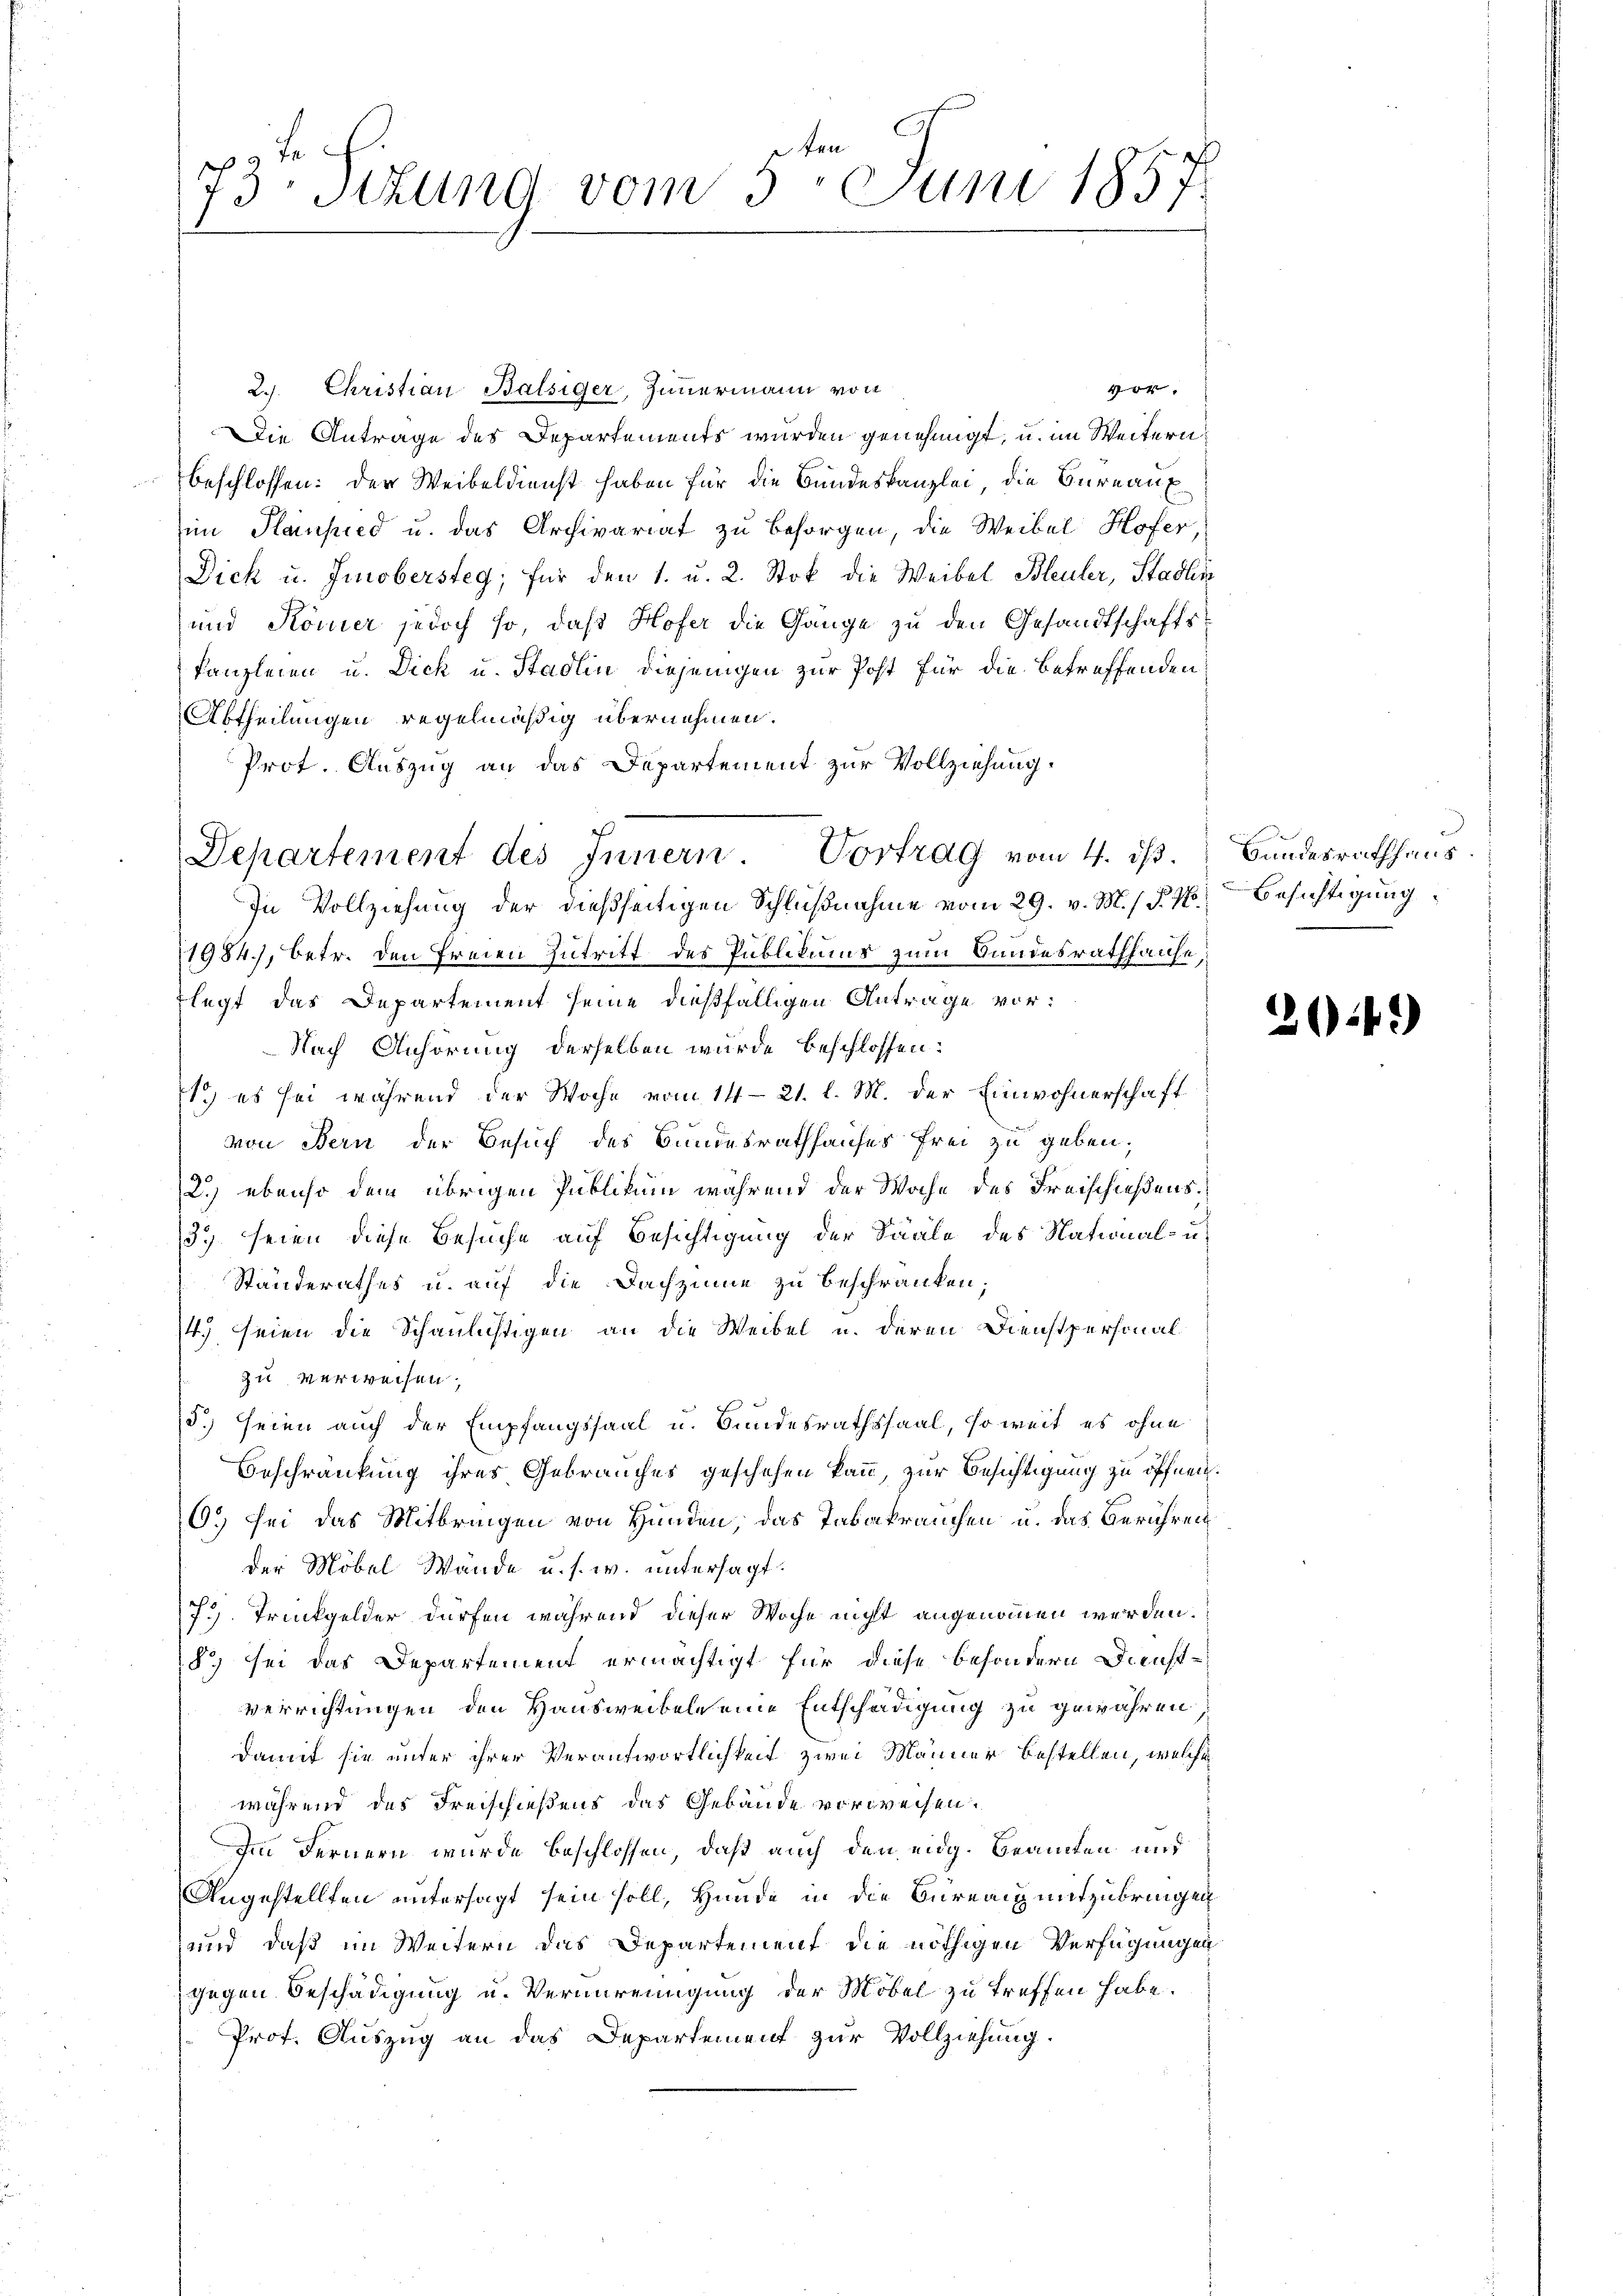
f 3 x
73 sizung vom 5. Juni 1857

2.. Christian Balsiger, Zimmermann von
vor.
Die Antrage des Departements wurden genehmigt, u. im Weitern
beschlossen: der Weibeldienst haben für die Bundeskanzlei, die Büreaux
in Hansied u. das Archivariat zu besorgen, die Weibel Hofer,
Dick u. Jmobersteg, für den 1. u. 2. Stok die Weibel Bleuler, Stadlin
und Römer jedoch so, daß Hofer die Gange zu den Gesandtschaftskanzleien u. Dick u. Stadlin diejenigen zur Post für die betreffenden
Abtheilungen regelmäßig übernehmen.
Prot. Auszug an das Departement zur Vollziehung.
1984), betr. den Freien Zutritt des Publikums zum Bundesrathhause,
Flegt das Departement seine dießfälligen Antrage vor¬
Nach Anhörung derselben wurde beschlossen:
1) es sei während der Woche vom 14-21. l. M. der Einwohnerschaft
von Bern der Besuch des Bundesrathhauses frei zu geben;
2.) ebenso dem übrigen Publikum während der Woche des Freischießens¬
135. seien diese Besuche auf Besichtigung der Saale des National- u
Standerathes u. auf die Dachzinne zu beschränken;
4. seien die Schaulichtigen an die Weibel u. deren Dienstpersonalzu verweisen,
5. seien auch der Empfangssaal u. Bundesrathssaal, so weit es ohne
Beschränkung ihres Gebrauches geschehen kann, zur Besichtigung zu öffnen.
6. sei das Mitbringen von Hunden, das Tabakranchen u. das Berühren
der Möbel Wande u. s. w. untersagt.
73). Trückgelder dürfen während dieser Woche nicht angenommen werden.
8) sei das Departement ermächtigt für diese besondern Dienst-
Verrichtungen den Hausweibeln eine Entscheidigung zu gewähren.
damit sie unter ihrer Verantwortlichkeit zwei Männer bestellen, welche
während des Freischießens das Gebäude vorweisen.
Im Fernern wurde beschlossen, daß auch den eidg. Beamten und
Angestellten untersagt sein soll, Hunde in die Büreaig mitzubringen
und daß im Weitern das Departement die nöthigen Verfügungen
gegen Beschädigung u. Verunreinigung der Möbel zu treffen habe.
Prof. Auszug an das Departement zur Vollziehung.

Departement des Innern Vortrag vom 4. dβ. Bundesrathhaus
In Vollziehung der dießseitigen Schlußnahme vom 29. v. M. / §. 16 Besichtigung

26 f.)